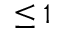
\leq 1